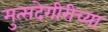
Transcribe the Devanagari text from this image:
मुत्सदेगीरीच्या